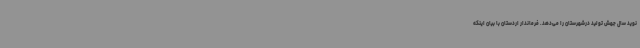
نوید سال جهش تولید درشهرستان را می‌دهد. فرماندار اردستان با بیان اینکه